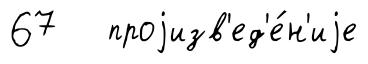
67 проjизв'ед'е́н'иjе